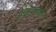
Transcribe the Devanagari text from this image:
प्रसादस्‍वरूप